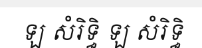
ឡ សំរិទ្ធិ ឡ សំរិទ្ធិ